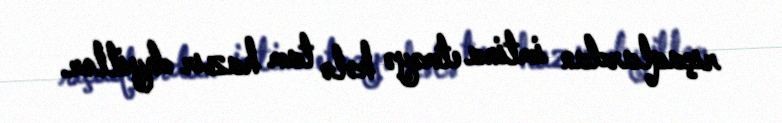
rıçaqlardan imtina etməyə hələ tam hazır deyillər.